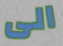
الى